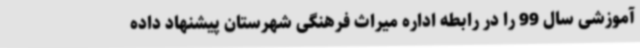
آموزشی سال 99 را در رابطه اداره میراث فرهنگی شهرستان پیشنهاد داده